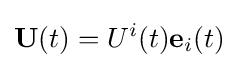
\mathbf {U} (t)=U^{i}(t)\mathbf {e} _{i}(t)